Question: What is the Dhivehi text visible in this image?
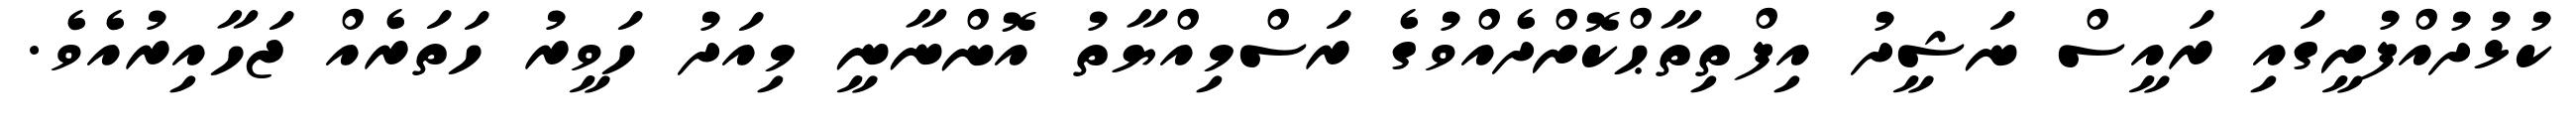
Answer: ކުޅުދުއްފުށީގައި ރައީސް ނަޝީދު އިފްތިތާޙްކޮށްދެއްވުގެ ރަސްމިއްޔާތު އޮންނާނީ މިއަދު ހަވީރު ހަތަރެއް ޖަހާއިރުއެވެ.